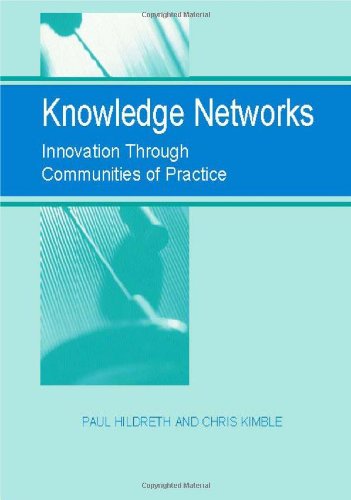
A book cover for Knowledge Networks: Innovation Through Communities of Practice; Paul Hildreth; Computers & Technology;